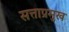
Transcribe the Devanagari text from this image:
सत्ताप्रमुख